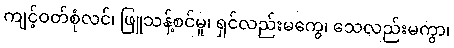
ကျင့်ဝတ်စုံလင်၊ ဖြူသန့်စင်မူ၊ ရှင်လည်းမကွေ၊ သေလည်းမကွာ၊